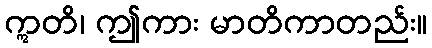
ဣတိ၊ ဤကား မာတိကာတည်း။